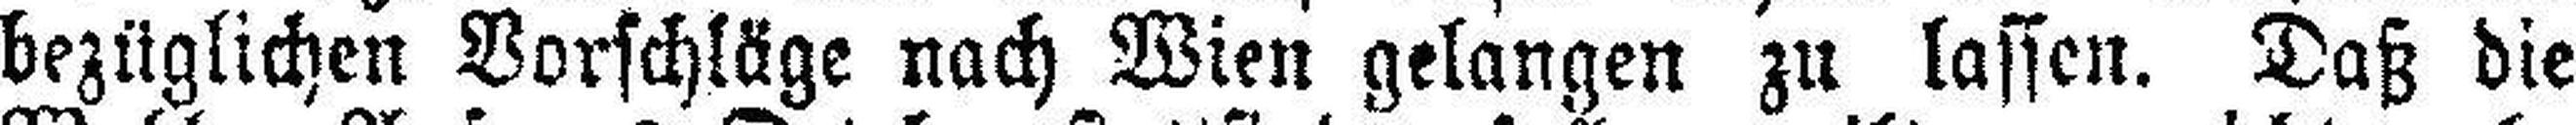
bezüglichen Vorschläge nach Wien gelangen zu lassen. Daß die